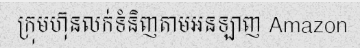
ក្រុមហ៊ុនលក់ទំនិញតាមអនឡាញ Amazon